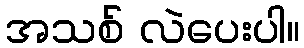
အသစ် လဲပေးပါ။